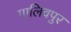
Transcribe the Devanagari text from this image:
गालिवपुर